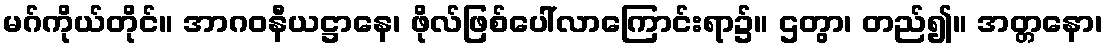
မဂ်ကိုယ်တိုင်။ အာဂဝနီယဋ္ဌာနေ၊ ဖိုလ်ဖြစ်ပေါ်လာကြောင်းရာ၌။ ဌတွာ၊ တည်၍။ အတ္တနော၊